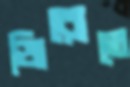
জিরোতে